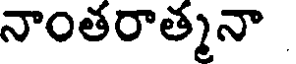
నాంతరాత్మనా